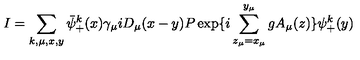
I = \sum _ { k , \mu , x , y } \bar { \psi } _ { + } ^ { k } ( x ) \gamma _ { \mu } i D _ { \mu } ( x - y ) P \exp \{ i \sum _ { z _ { \mu } = x _ { \mu } } ^ { y _ { \mu } } g A _ { \mu } ( z ) \} \psi _ { + } ^ { k } ( y )